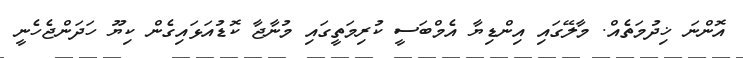
އޮންނަ ޚިދުމަތެއް. މާލޭގައި އިންޑިޔާ އެމްބަސީ ކުރިމަތީގައި މުނާޖާ ކޮޑުއަޅައިގެން ކިޔޫ ހަދަންޖެހެނީ